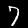
Label: 7